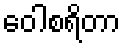
ဝေါစရိတာ